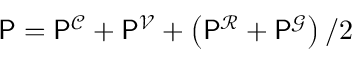
\mathsf { P } = \mathsf { P } ^ { \mathcal { C } } + \mathsf { P } ^ { \mathcal { V } } + \left( \mathsf { P } ^ { \mathcal { R } } + \mathsf { P } ^ { \mathcal { G } } \right) / 2